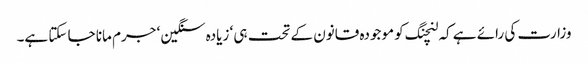
وزارت کی رائے ہے کہ لنچنگ کو موجودہ قانون کے تحت ہی ‘ زیادہ سنگین ‘ جرم مانا جا سکتا ہے۔